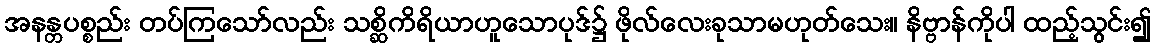
အနန္တပစ္စည်း တပ်ကြသော်လည်း သစ္ဆိကိရိယာဟူသောပုဒ်၌ ဖိုလ်လေးခုသာမဟုတ်သေး။ နိဗ္ဗာန်ကိုပါ ထည့်သွင်း၍